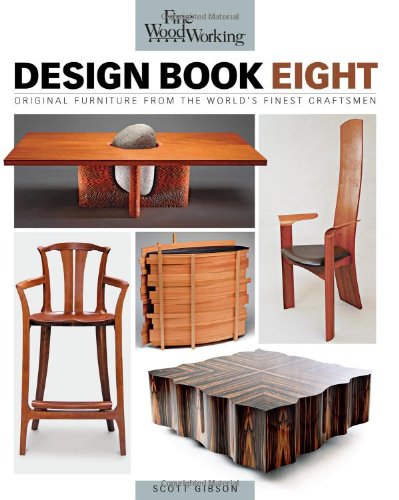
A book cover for Fine Woodworking Design Book Eight: Original Furniture from the World's Finest Craftsmen; Editors of Fine Woodworking; Arts & Photography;